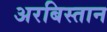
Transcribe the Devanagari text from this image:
अरबिस्तान